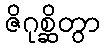
ဇိဂုစ္ဆိတွာ